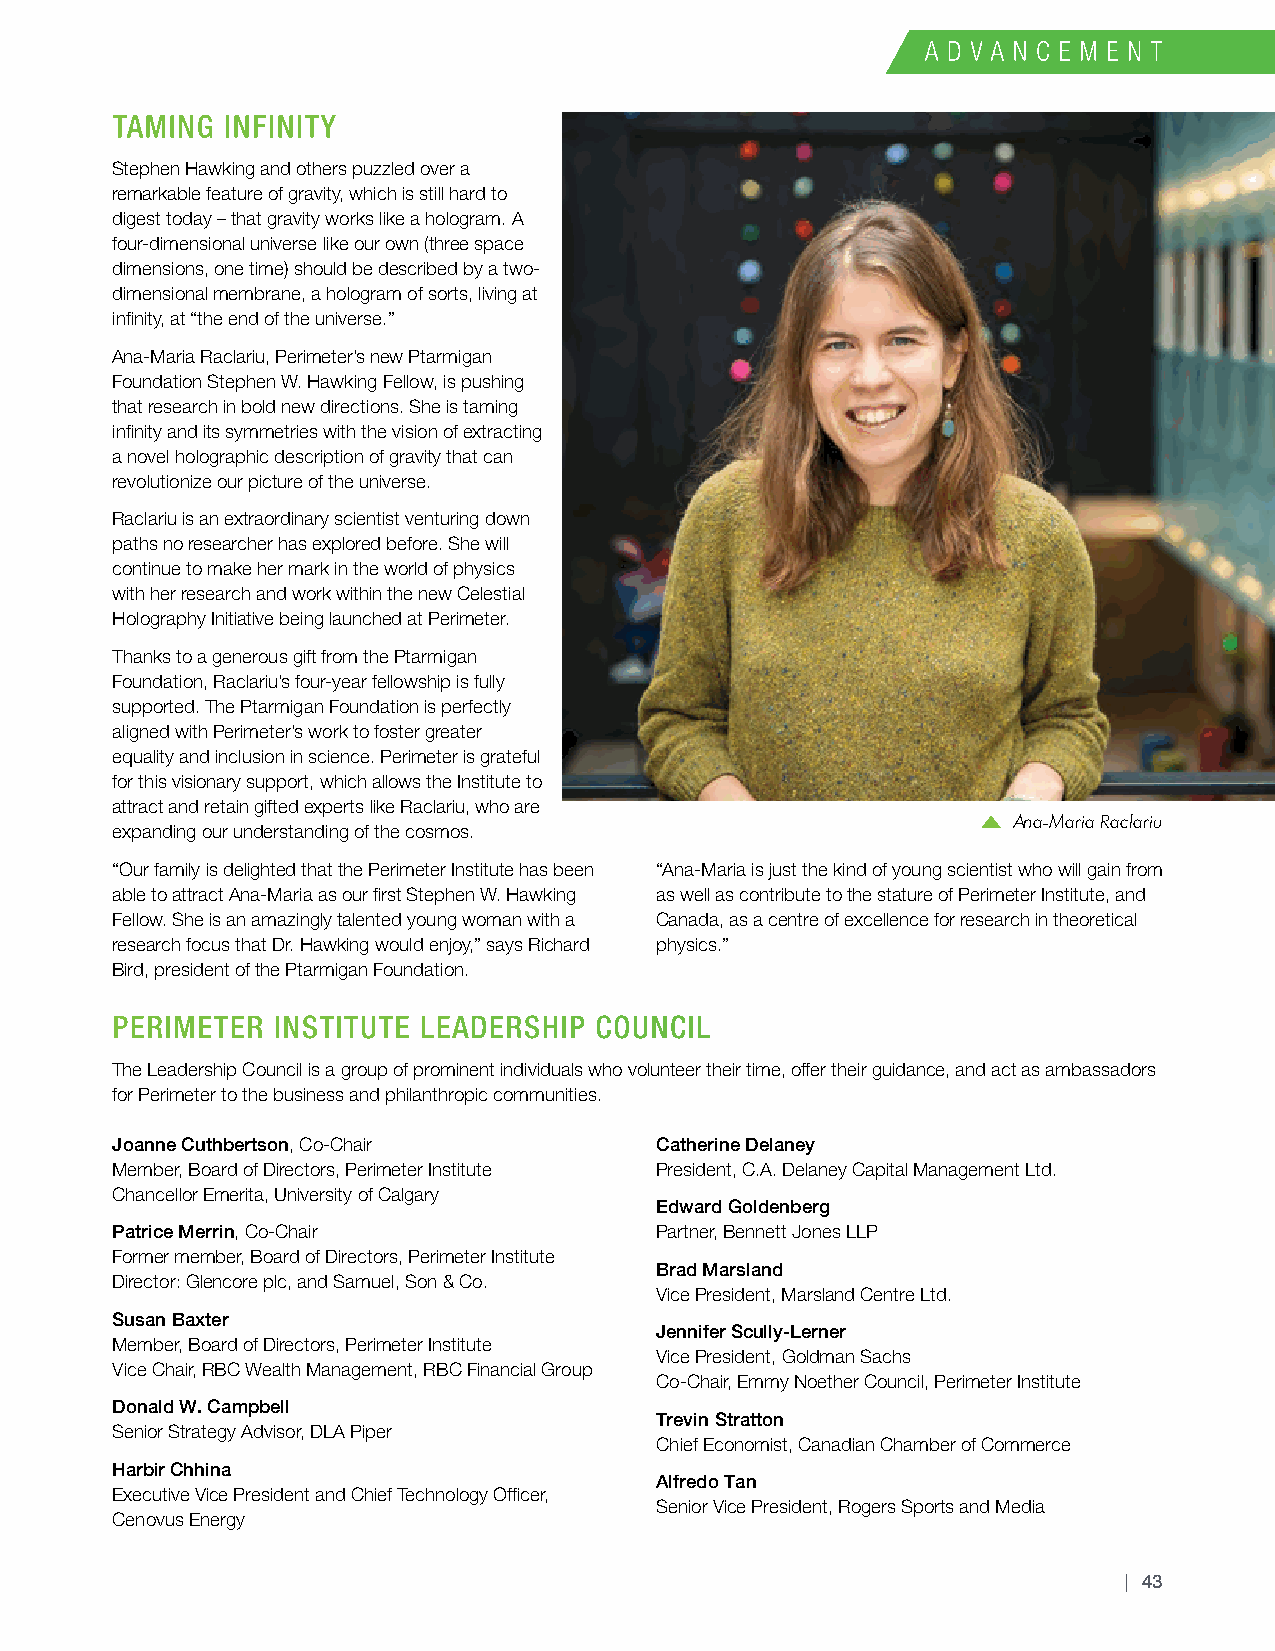
TAMING  INFINITY
 Stephen Hawking and others puzzled over a
 remarkable feature of gravity, which is still hard to
 digest today – that gravity works like a hologram. A
 four-dimensional universe like our own (three space
 dimensions, one time) should be described by a two-
 dimensional membrane, a hologram of sorts, living at
 infinity, at “the end of the universe.”
 Ana-Maria Raclariu, Perimeter’s new Ptarmigan
 Foundation Stephen W. Hawking Fellow, is pushing
 that research in bold new directions. She is taming
 infinity and its symmetries with the vision of extracting
 a novel holographic description of gravity that can
 revolutionize our picture of the universe.
 Raclariu is an extraordinary scientist venturing down
 paths no researcher has explored before. She will
 continue to make her mark in the world of physics
 with her research and work within the new Celestial
 Holography Initiative being launched at Perimeter.
 Thanks to a generous gift from the Ptarmigan
 Foundation, Raclariu’s four-year fellowship is fully
 supported. The Ptarmigan Foundation is perfectly
 aligned with Perimeter’s work to foster greater
 equality and inclusion in science. Perimeter is grateful
 for this visionary support, which allows the Institute to
 attract and retain gifted experts like Raclariu, who are
 Ana-Maria Raclariu
 expanding our understanding of the cosmos.
 “Our family is delighted that the Perimeter Institute has been “Ana-Maria is just the kind of young scientist who will gain from
 able to attract Ana-Maria as our first Stephen W. Hawking as well as contribute to the stature of Perimeter Institute, and
 Fellow. She is an amazingly talented young woman with a Canada, as a centre of excellence for research in theoretical
 research focus that Dr. Hawking would enjoy,” says Richard physics.”
 Bird, president of the Ptarmigan Foundation.
 PERIMETER  INSTITUTE LEADERSHIP COUNCIL
 The Leadership Council is a group of prominent individuals who volunteer their time, offer their guidance, and act as ambassadors
 for Perimeter to the business and philanthropic communities.
 Joanne Cuthbertson, Co-Chair        Catherine Delaney
 Member, Board of Directors, Perimeter Institute President, C.A. Delaney Capital Management Ltd.
 Chancellor Emerita, University of Calgary
 Edward Goldenberg
 Patrice Merrin, Co-Chair            Partner, Bennett Jones LLP
 Former member, Board of Directors, Perimeter Institute
 Brad Marsland
 Director: Glencore plc, and Samuel, Son & Co.
 Vice President, Marsland Centre Ltd.
 Susan Baxter
 Jennifer Scully-Lerner
 Member, Board of Directors, Perimeter Institute
 Vice President, Goldman Sachs
 Vice Chair, RBC Wealth Management, RBC Financial Group
 Co-Chair, Emmy Noether Council, Perimeter Institute
 Donald W. Campbell
 Trevin Stratton
 Senior Strategy Advisor, DLA Piper
 Chief Economist, Canadian Chamber of Commerce
 Harbir Chhina
 Alfredo Tan
 Executive Vice President and Chief Technology Officer,
 Senior Vice President, Rogers Sports and Media
 Cenovus Energy
 | 43